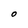
Character: O